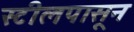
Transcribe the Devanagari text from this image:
स्टीलपासून